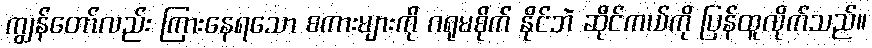
ကျွန်တော်လည်း ကြားနေရသော စကားများကို ဂရုမစိုက် နိုင်ဘဲ ဆိုင်ကယ်ကို ပြန်ထူလိုက်သည်။